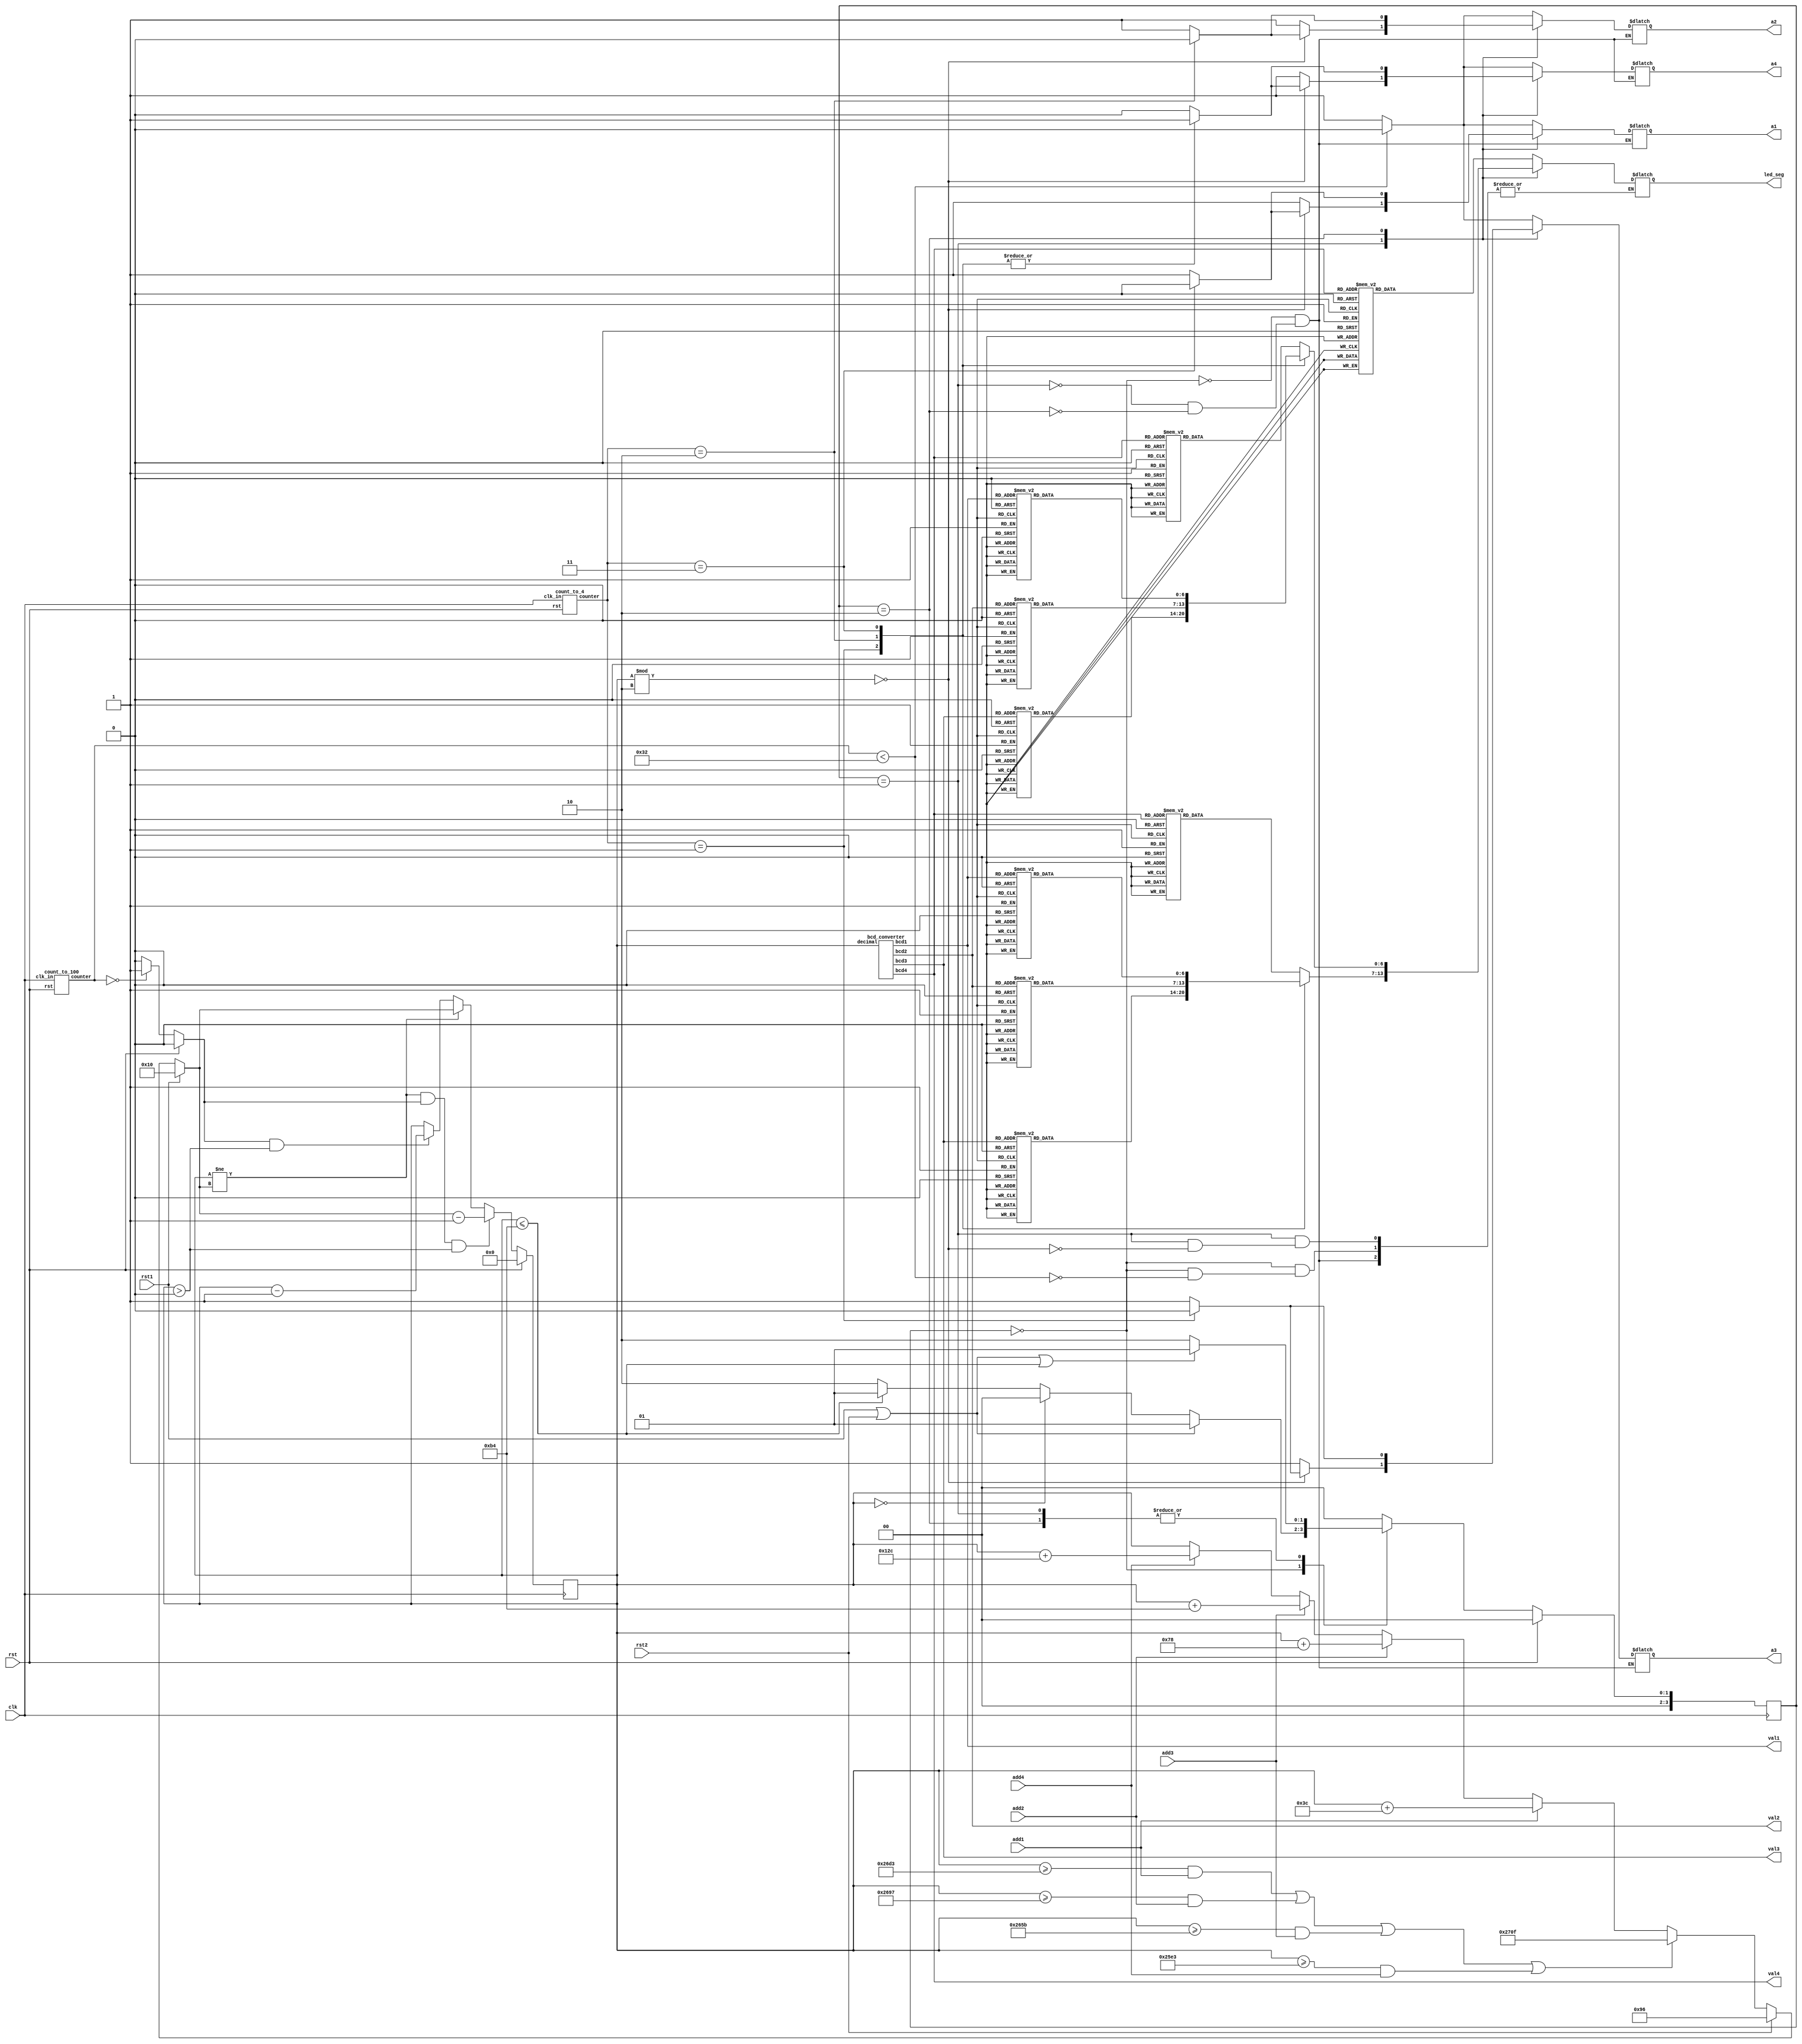
`timescale 1ms / 1us
//////////////////////////////////////////////////////////////////////////////////
// Company: 
// Engineer: 
// 
// Design Name: 
// Module Name:    parking_meter 
// Project Name: 
// Target Devices: 
// Tool versions: 
// Description: 
//
// Dependencies: 
//
// Revision: 
// Revision 0.01 - File Created
// Additional Comments: 
//
//////////////////////////////////////////////////////////////////////////////////
module parking_meter(
    input add1,
    input add2,
    input add3,
    input add4,
    input rst1,
    input rst2,
    input clk,
    input rst,
    output reg [6:0] led_seg,
    output reg a4,
    output reg a3,
    output reg a2,
    output reg a1,
    output [3:0] val4,
    output [3:0] val3,
    output [3:0] val2,
    output [3:0] val1
    );
	 
	 // declare states
	 parameter INIT = 2'd0;
	 parameter TIME_LESS_THAN_180 = 2'd1;
	 parameter TIME_MORE_THAN_180 = 2'd2;
	 
	 reg [3:0] current_state;
	 reg [3:0] next_state;
	 
	 // intermediates
	 reg [13:0] new_meter_time;
	 reg [13:0] meter_time;
	 reg count_down;
	 wire [1:0] an_sel;
	 wire [6:0] clk_1Hz;
	 
	 // always block to catch any signals
	 always @(*)
		if (rst1)
			new_meter_time <= 16;
		else if (rst2)
			new_meter_time <= 150;
		else if ((meter_time >= 9939 && add1) ||
			 (meter_time >= 9879 && add2) ||
			 (meter_time >= 9819 && add3) ||
			 (meter_time >= 9699 && add4))
			new_meter_time <= 9999;
		else if (add1)
			new_meter_time <= meter_time + 60;
		else if (add2)
			new_meter_time <= meter_time + 120;
		else if (add3)
			new_meter_time <= meter_time + 180;
		else if (add4)
			new_meter_time <= meter_time + 300;
		else
			new_meter_time <= meter_time;
	 
	 // always block to decrement at a 1Hz clock
	 count_to_100 clock_1Hz(.clk_in(clk),.rst(rst),.counter(clk_1Hz));
	 always @(clk_1Hz)
		if (rst)
			count_down <= 0;
		else if (clk_1Hz == 0)
			count_down <= 1;
		else 
			count_down <= 0;
	 
	 // always block to update meter time
	 always @(posedge clk)
		if (rst)
			meter_time <= 0;
		else if (meter_time != new_meter_time && count_down && meter_time > 0)
			meter_time <= new_meter_time - 1;
		else if (meter_time != new_meter_time)
			meter_time <= new_meter_time;
		else if (count_down && meter_time > 0)
			meter_time <= meter_time - 1;
		else
			meter_time <= meter_time;
			
	 // always block for state updates: sequential - triggered by clock
	 always@(posedge clk) current_state <= next_state;
	 
	 // always block to decide next_state : combinational- triggered by state/input 
	 always @(*)
		if (rst) 
         		next_state = INIT;
	   	else case(current_state)
			INIT:
				begin
				if (rst1 || rst2)
					next_state = TIME_LESS_THAN_180;
				else if (meter_time == 0)
					next_state = INIT;
				else if (meter_time <= 180)
					next_state = TIME_LESS_THAN_180;
				else
					next_state = TIME_MORE_THAN_180;
				end
			TIME_LESS_THAN_180:
				begin
				if (rst1 || rst2 || meter_time <= 180)
					next_state = TIME_LESS_THAN_180;
				else
					next_state = TIME_MORE_THAN_180;
				end
			TIME_MORE_THAN_180:
				begin
				if (rst1 || rst2 || meter_time <= 180)
					next_state = TIME_LESS_THAN_180;
				else
					next_state = TIME_MORE_THAN_180;
				end
			default:
				next_state = INIT;
		endcase
		
		//always block to decide outputs : triggered by state/inputs; can be comb/seq.
		bcd_converter convert(.decimal(meter_time), .bcd4(val4), .bcd3(val3), .bcd2(val2), .bcd1(val1));
		count_to_4 anode_sel(.clk_in(clk), .rst(rst), .counter(an_sel));
		always @(*)
			case(current_state)
				INIT:
					begin
					if (clk_1Hz < 50) // flash for half a second
						begin
						a4 = 0;
						a3 = 0;
						a2 = 0;
						a1 = 0;
						led_seg = display_led(val4); // doesn't matter which value as they are all 0
						end
					else
						begin
						a4 = 1;
						a3 = 1;
						a2 = 1;
						a1 = 1;
						end
					end
				TIME_LESS_THAN_180:
					begin
					a4 = 1;
					a3 = 1;
					a2 = 1;
					a1 = 1;
					
					// turn anodes on for even numbers only
					if (meter_time % 2 == 0)
						begin
						case(an_sel)
							0: 
								begin
								a4 = 0;
								led_seg = display_led(val4);
								end
							1: 
								begin
								a3 = 0;
								led_seg = display_led(val3);
								end
							2:
								begin
								a2 = 0;
								led_seg = display_led(val2);
								end
							3:
								begin
								a1 = 0;
								led_seg = display_led(val1);
								end
						endcase
						end
					end
				TIME_MORE_THAN_180:
					begin
					a4 = 1;
					a3 = 1;
					a2 = 1;
					a1 = 1;
					
					// switch anodes
					case(an_sel)
						0: 
							begin
							a4 = 0;
							led_seg = display_led(val4);
							end
						1: 
							begin
							a3 = 0;
							led_seg = display_led(val3);
							end
						2:
							begin
							a2 = 0;
							led_seg = display_led(val2);
							end
						3:
							begin
							a1 = 0;
							led_seg = display_led(val1);
							end
						endcase
					end
			endcase
			
		function [6:0] display_led( input [4:1] bcd);
			begin
				case(bcd)
					0: display_led = 7'b1000000;
					1: display_led = 7'b1111001;
					2: display_led = 7'b0100100;
					3: display_led = 7'b0000110;
					4: display_led = 7'b0011001;
					5: display_led = 7'b0010010;
					6: display_led = 7'b0000010;
					7: display_led = 7'b1111000;
					8: display_led = 7'b0000000;
					9: display_led = 7'b0010000;
					default: display_led = 7'b1000000;
				endcase
			end
		endfunction 
endmodule

module bcd_converter(
	input [13:0] decimal,
	output [3:0] bcd4,
	output [3:0] bcd3,
	output [3:0] bcd2,
	output [3:0] bcd1
	);
	
	assign bcd4 = (decimal / 1000) % 10;
	assign bcd3 = (decimal / 100) % 10;
	assign bcd2 = (decimal / 10) % 10;
	assign bcd1 = decimal % 10;
	
endmodule

module count_to_100(
	input clk_in,
	input rst,
	output reg [6:0] counter
	);
	
	always @(posedge clk_in)
		if (rst)
			counter <= 0;
		else if (counter == 99) // reset at 100
			counter <= 0;
		else
			counter <= counter + 1;
endmodule

module count_to_4(
	input clk_in,
	input rst,
	output reg [1:0] counter
	);
	
	always @(posedge clk_in)
	if (rst)
		counter <= 0;
	else
		counter <= counter + 1;
endmodule